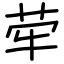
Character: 荦